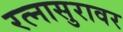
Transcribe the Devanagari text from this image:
रत्नासुरावर